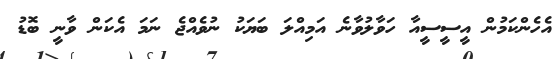
އެހެންކަމުން އީސީސީއާ ހަވާލުވާނެ އަމިއްލަ ބަޔަކު ނުވެއްޖެ ނަމަ އެކަން ވާނީ ބޮޑު